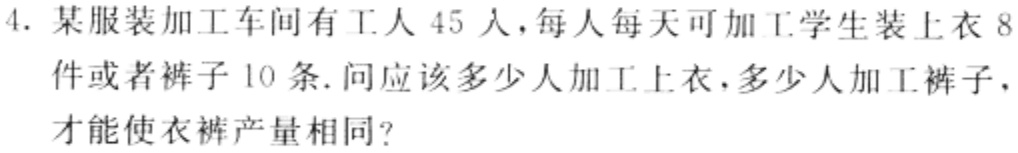
4. 某服装加工车间有工人 45 人，每人每天可加工学生装上衣 8 件或者裤子 10 条. 问应该多少人加工上衣，多少人加工裤子，才能使衣裤产量相同？